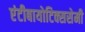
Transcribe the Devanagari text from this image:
एंटीबायोटिक्ससेमी